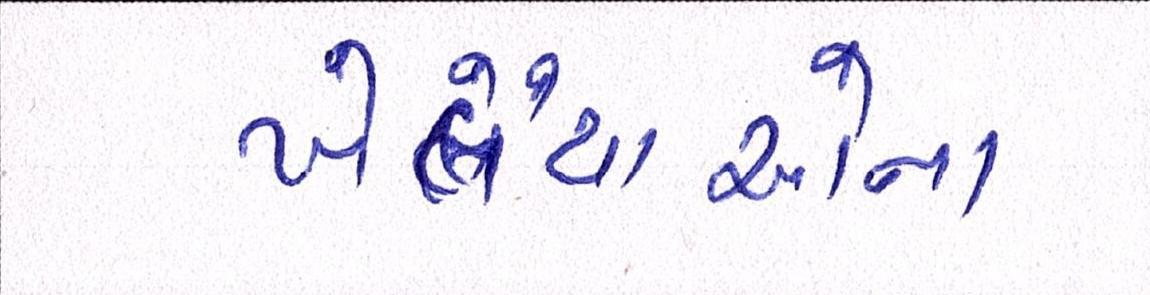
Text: ખેલૈયાઓના